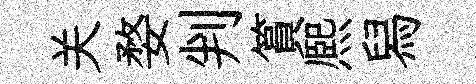
关婺判篔熈舄